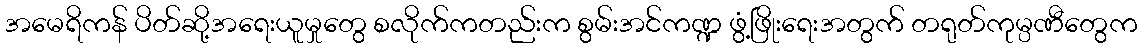
အမေရိကန် ပိတ်ဆို့အရေးယူမှုတွေ စလိုက်ကတည်းက စွမ်းအင်ကဏ္ဍ ဖွံ့ဖြိုးရေးအတွက် တရုတ်ကုမ္ပဏီတွေက